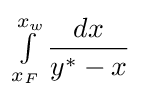
\textstyle \int \limits _{x_{F}}^{x_{w}}\displaystyle {\frac {dx}{y^{*}-x}}